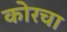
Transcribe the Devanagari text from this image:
कोरचा